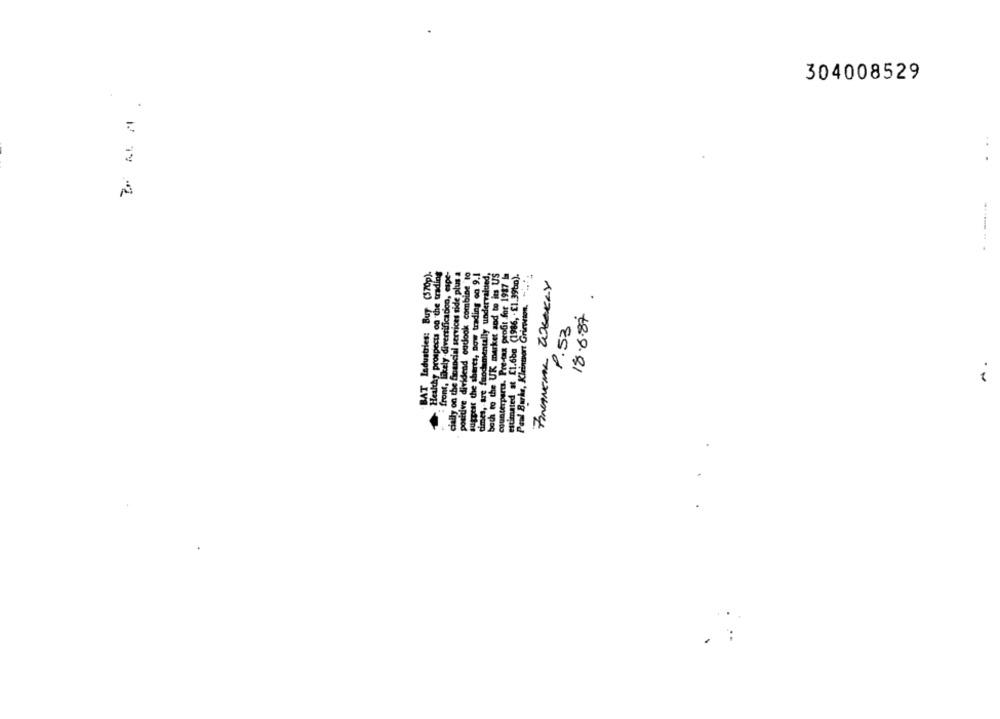
304008529
.BAT Industries: Buy (570p).
Healthy prospects on the trading
front, likely diversificadon, espe-
cially on the financial services side plus a
positive dividend cadook combine to
suggest the sheres, now trading co 9.1
times, are fundamentally undervalued,
bach to the UK market and to its US
counterparts. Pre-tax profit for 1987
estimated at [1.6ba (1986, - £1.39bn).
FINANEMK WEEKLY
Cleinwort Grieption. "
18.6.87
P.53
Paul Burke, Klein
A.